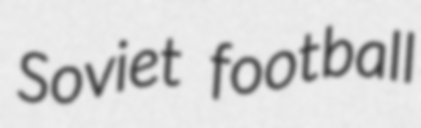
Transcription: Soviet football